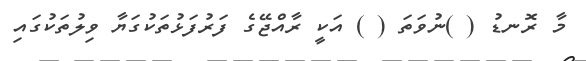
މާ ރޮނޑު ( )ނުވަތަ ( ) އަކީ ރާއްޖޭގެ ފަރުފަޅުތަކުގަޔާ ވިލުތަކުގައި